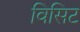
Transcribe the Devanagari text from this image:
विसिट